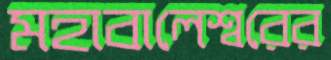
মহাবালেশ্বরের